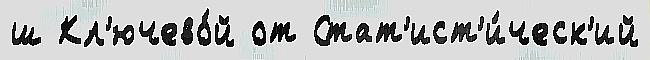
ш Кл'ючево́й от Стат'ист'и́ческ'ий